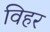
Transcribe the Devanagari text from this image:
विहर